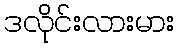
ဒလိုင်းလားမား